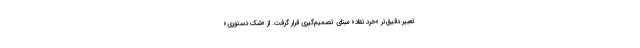
‌تعبیر دقیق‌تر «خرد نقاد» مبنای تصمیم‌گیری قرار گرفت. از «شک دستوری»